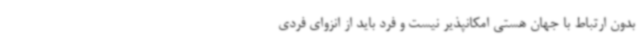
بدون ارتباط با جهان هستی امکانپذیر نیست و فرد باید از انزوای فردی